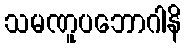
သမဏူပဘောဂါနိ